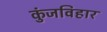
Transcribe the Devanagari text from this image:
कुंजविहार